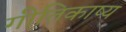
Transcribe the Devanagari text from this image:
गीतिकाष्य